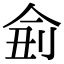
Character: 侴